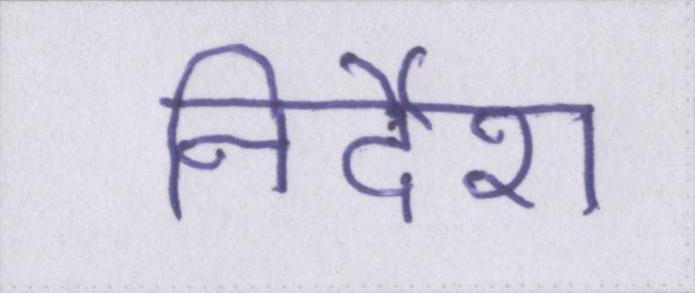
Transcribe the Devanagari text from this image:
निर्देश